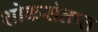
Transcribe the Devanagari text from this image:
शोकसंतप्त